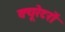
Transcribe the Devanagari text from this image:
क्यूरेटरों